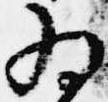
為